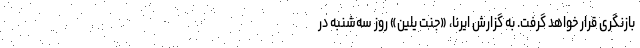
بازنگری قرار خواهد گرفت. به گزارش ایرنا، «جنت یلین» روز سه‌شنبه در